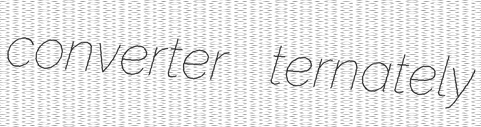
converter ternately